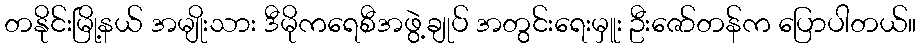
တနိုင်းမြို့နယ် အမျိုးသား ဒီမိုကရေစီအဖွဲ့ချုပ် အတွင်းရေးမှူး ဦးဇော်တန်က ပြောပါတယ်။